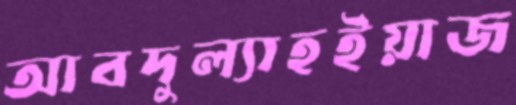
আবদুল্যাহইয়াজ